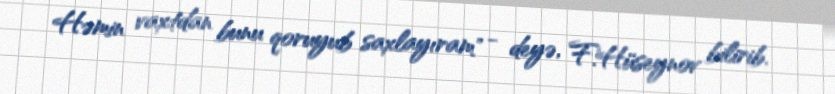
Həmin vaxtdan bunu qoruyub saxlayıram" - deyə, F.Hüseynov bilirib.